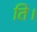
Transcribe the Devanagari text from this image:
ति।